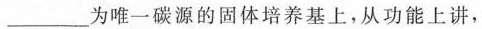
___为唯一碳源的固体培养基上，从功能上讲，